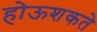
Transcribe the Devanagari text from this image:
होऊशकते